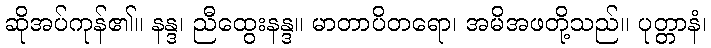
ဆိုအပ်ကုန်၏။ နန္ဒ၊ ညီထွေးနန္ဒ။ မာတာပိတရော၊ အမိအဖတို့သည်။ ပုတ္တာနံ၊